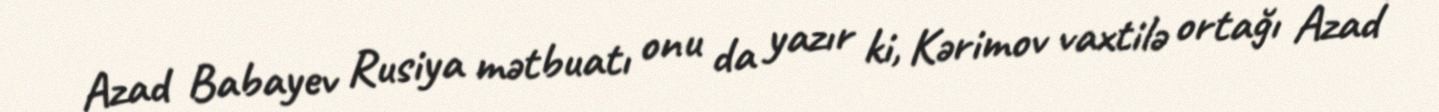
Azad Babayev Rusiya mətbuatı onu da yazır ki, Kərimov vaxtilə ortağı Azad